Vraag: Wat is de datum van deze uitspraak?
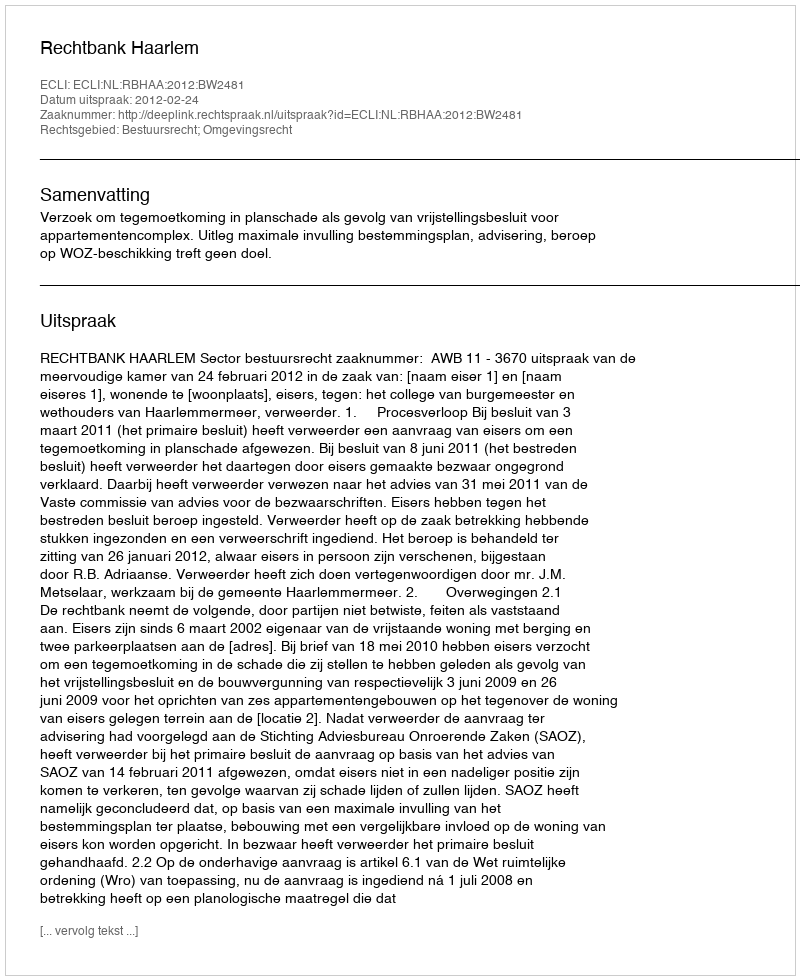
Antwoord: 2012-02-24